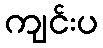
ကျင်းပ